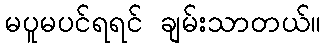
မပူမပင်ရရင် ချမ်းသာတယ်။